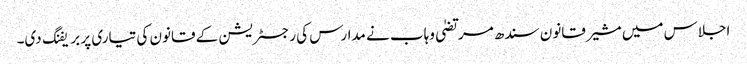
اجلاس میں مشیر قانون سندھ مرتضیٰ وہاب نے مدارس کی رجسٹریشن کے قانون کی تیاری پر بریفنگ دی۔